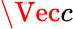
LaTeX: \Vec{c}